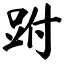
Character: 跗